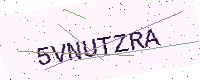
Text: 5VNUTZRA